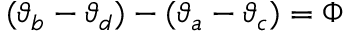
( \vartheta _ { b } - \vartheta _ { d } ) - ( \vartheta _ { a } - \vartheta _ { c } ) = \Phi